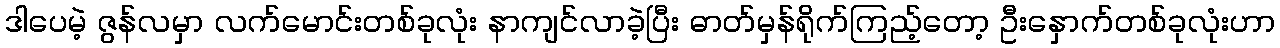
ဒါပေမဲ့ ဇွန်လမှာ လက်မောင်းတစ်ခုလုံး နာကျင်လာခဲ့ပြီး ဓာတ်မှန်ရိုက်ကြည့်တော့ ဦးနှောက်တစ်ခုလုံးဟာ